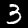
Label: 3